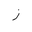
Letter: _zay